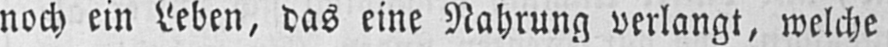
noch ein Leben, das eine Nahrung verlangt, welche